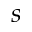
s